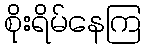
စိုးရိမ်နေကြ